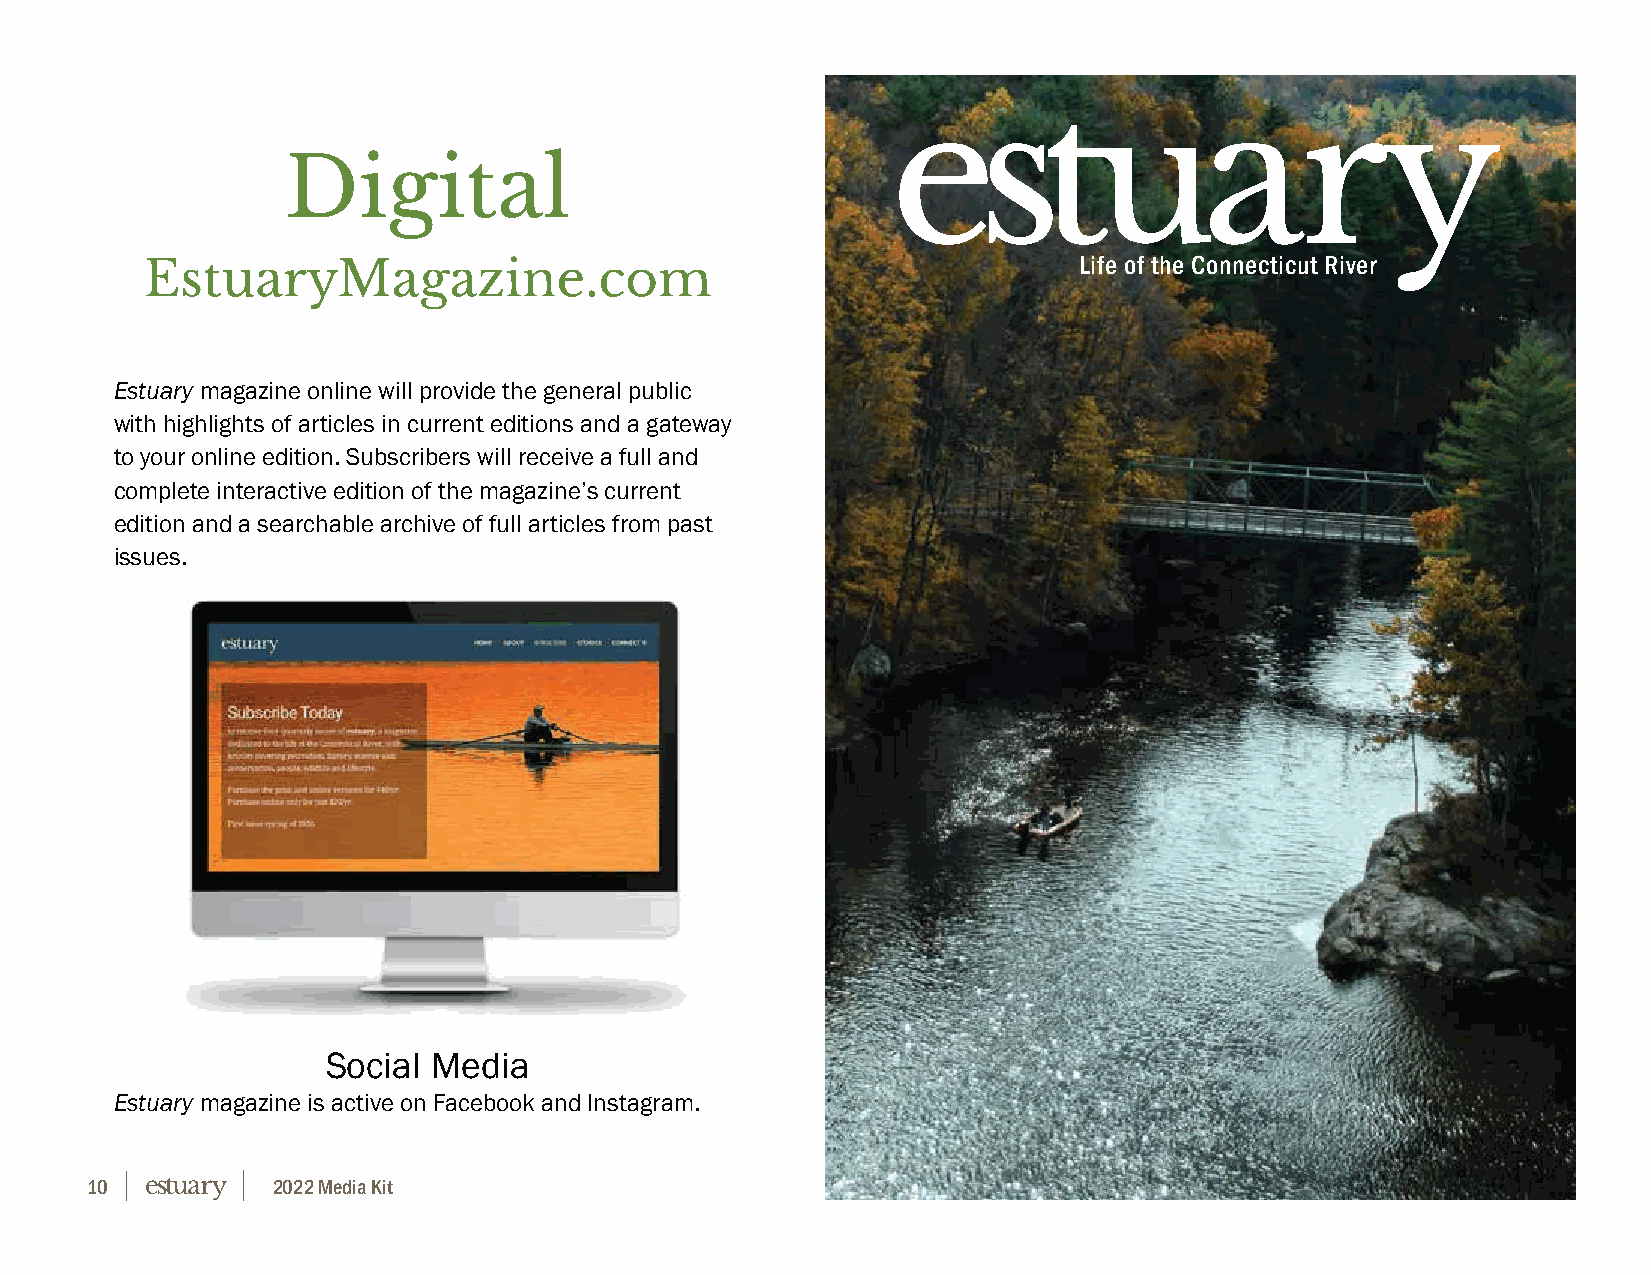
Digital
 EstuaryMagazine.com                                          Life of the Connecticut River
 Estuary magazine online will provide the general public
 with highlights of articles in current editions and a gateway
 to your online edition. Subscribers will receive a full and
 complete interactive edition of the magazine’s current
 edition and a searchable archive of full articles from past
 issues.
 Social Media
 Estuary magazine is active on Facebook and Instagram.
 10          2022 Media Kit